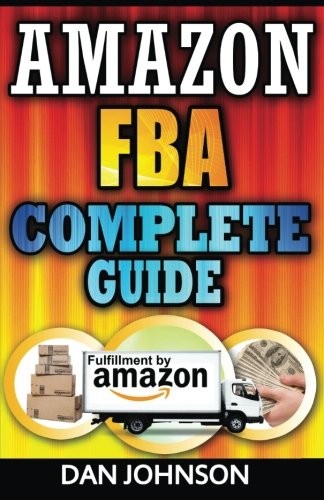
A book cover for Amazon FBA: Complete Guide: Make Money Online With Amazon FBA: The Fulfillment by Amazon Bible: Best Amazon Selling Secrets Revealed: The Amazon FBA Selling Guide; Dan Johnson; Business & Money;